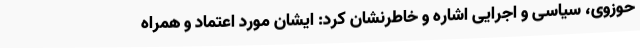
حوزوی، سیاسی و اجرایی اشاره و خاطرنشان کرد: ایشان مورد اعتماد و همراه